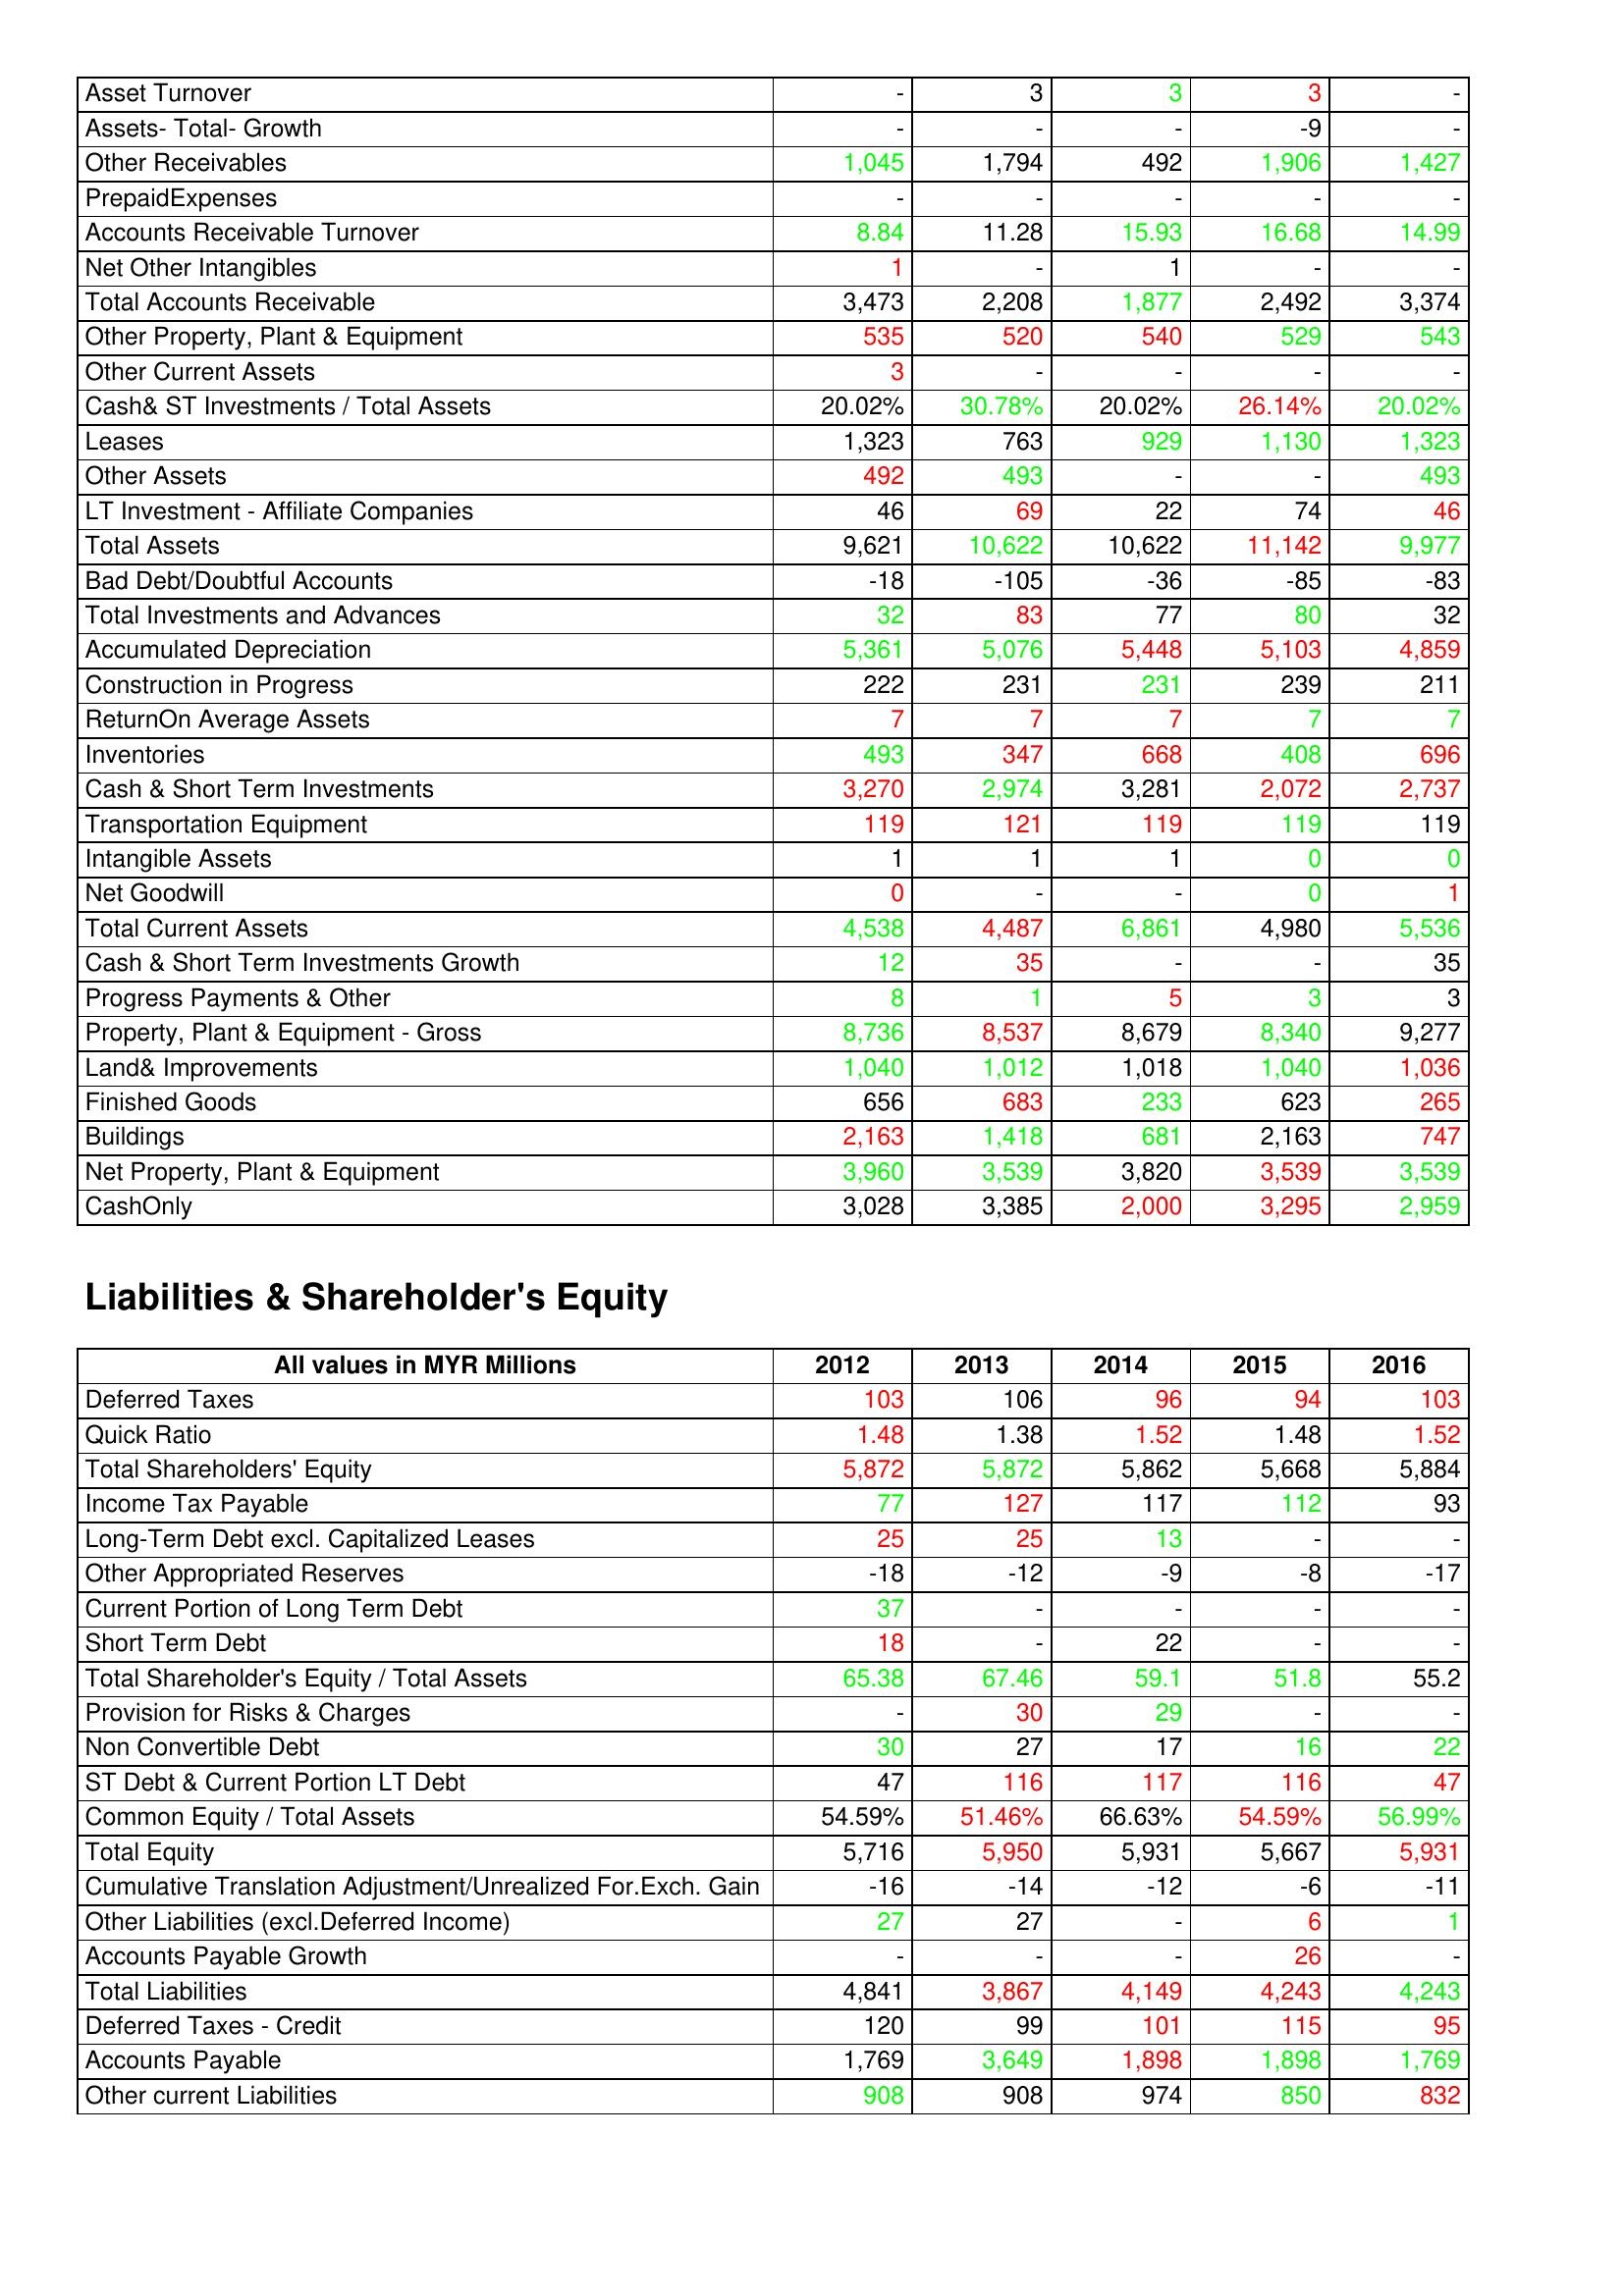
gt_parse: 2012: Assets: Asset Turnover: -
Assets- Total- Growth: -
Other Receivables: 1,045
PrepaidExpenses: -
Accounts Receivable Turnover: 8.84
Net Other Intangibles: 1
Total Accounts Receivable: 3,473
Other Property, Plant & Equipment: 535
Other Current Assets: 3
Cash& ST Investments / Total Assets: 20.02%
Leases: 1,323
Other Assets: 492
LT Investment - Affiliate Companies: 46
Total Assets: 9,621
Bad Debt/Doubtful Accounts: -18
Total Investments and Advances: 32
Accumulated Depreciation: 5,361
Construction in Progress: 222
ReturnOn Average Assets: 7
Inventories: 493
Cash & Short Term Investments: 3,270
Transportation Equipment: 119
Intangible Assets: 1
Net Goodwill: 0
Total Current Assets: 4,538
Cash & Short Term Investments Growth: 12
Progress Payments & Other: 8
Property, Plant & Equipment - Gross : 8,736
Land& Improvements: 1,040
Finished Goods: 656
Buildings: 2,163
Net Property, Plant & Equipment: 3,960
CashOnly: 3,028
Liabilities & Shareholder's Equity: Deferred Taxes: 103
Quick Ratio: 1.48
Total Shareholders' Equity: 5,872
Income Tax Payable: 77
Long-Term Debt excl. Capitalized Leases: 25
Other Appropriated Reserves: -18
Current Portion of Long Term Debt: 37
Short Term Debt: 18
Total Shareholder's Equity / Total Assets: 65.38
Provision for Risks & Charges: -
Non Convertible Debt: 30
ST Debt & Current Portion LT Debt: 47
Common Equity / Total Assets: 54.59%
Total Equity: 5,716
Cumulative Translation Adjustment/Unrealized For.Exch. Gain: -16
Other Liabilities (excl.Deferred Income): 27
Accounts Payable Growth: -
Total Liabilities: 4,841
Deferred Taxes - Credit: 120
Accounts Payable: 1,769
Other current Liabilities: 908
2013: Assets: Asset Turnover: 3
Assets- Total- Growth: -
Other Receivables: 1,794
PrepaidExpenses: -
Accounts Receivable Turnover: 11.28
Net Other Intangibles: -
Total Accounts Receivable: 2,208
Other Property, Plant & Equipment: 520
Other Current Assets: -
Cash& ST Investments / Total Assets: 30.78%
Leases: 763
Other Assets: 493
LT Investment - Affiliate Companies: 69
Total Assets: 10,622
Bad Debt/Doubtful Accounts: -105
Total Investments and Advances: 83
Accumulated Depreciation: 5,076
Construction in Progress: 231
ReturnOn Average Assets: 7
Inventories: 347
Cash & Short Term Investments: 2,974
Transportation Equipment: 121
Intangible Assets: 1
Net Goodwill: -
Total Current Assets: 4,487
Cash & Short Term Investments Growth: 35
Progress Payments & Other: 1
Property, Plant & Equipment - Gross : 8,537
Land& Improvements: 1,012
Finished Goods: 683
Buildings: 1,418
Net Property, Plant & Equipment: 3,539
CashOnly: 3,385
Liabilities & Shareholder's Equity: Deferred Taxes: 106
Quick Ratio: 1.38
Total Shareholders' Equity: 5,872
Income Tax Payable: 127
Long-Term Debt excl. Capitalized Leases: 25
Other Appropriated Reserves: -12
Current Portion of Long Term Debt: -
Short Term Debt: -
Total Shareholder's Equity / Total Assets: 67.46
Provision for Risks & Charges: 30
Non Convertible Debt: 27
ST Debt & Current Portion LT Debt: 116
Common Equity / Total Assets: 51.46%
Total Equity: 5,950
Cumulative Translation Adjustment/Unrealized For.Exch. Gain: -14
Other Liabilities (excl.Deferred Income): 27
Accounts Payable Growth: -
Total Liabilities: 3,867
Deferred Taxes - Credit: 99
Accounts Payable: 3,649
Other current Liabilities: 908
2014: Assets: Asset Turnover: 3
Assets- Total- Growth: -
Other Receivables: 492
PrepaidExpenses: -
Accounts Receivable Turnover: 15.93
Net Other Intangibles: 1
Total Accounts Receivable: 1,877
Other Property, Plant & Equipment: 540
Other Current Assets: -
Cash& ST Investments / Total Assets: 20.02%
Leases: 929
Other Assets: -
LT Investment - Affiliate Companies: 22
Total Assets: 10,622
Bad Debt/Doubtful Accounts: -36
Total Investments and Advances: 77
Accumulated Depreciation: 5,448
Construction in Progress: 231
ReturnOn Average Assets: 7
Inventories: 668
Cash & Short Term Investments: 3,281
Transportation Equipment: 119
Intangible Assets: 1
Net Goodwill: -
Total Current Assets: 6,861
Cash & Short Term Investments Growth: -
Progress Payments & Other: 5
Property, Plant & Equipment - Gross : 8,679
Land& Improvements: 1,018
Finished Goods: 233
Buildings: 681
Net Property, Plant & Equipment: 3,820
CashOnly: 2,000
Liabilities & Shareholder's Equity: Deferred Taxes: 96
Quick Ratio: 1.52
Total Shareholders' Equity: 5,862
Income Tax Payable: 117
Long-Term Debt excl. Capitalized Leases: 13
Other Appropriated Reserves: -9
Current Portion of Long Term Debt: -
Short Term Debt: 22
Total Shareholder's Equity / Total Assets: 59.1
Provision for Risks & Charges: 29
Non Convertible Debt: 17
ST Debt & Current Portion LT Debt: 117
Common Equity / Total Assets: 66.63%
Total Equity: 5,931
Cumulative Translation Adjustment/Unrealized For.Exch. Gain: -12
Other Liabilities (excl.Deferred Income): -
Accounts Payable Growth: -
Total Liabilities: 4,149
Deferred Taxes - Credit: 101
Accounts Payable: 1,898
Other current Liabilities: 974
2015: Assets: Asset Turnover: 3
Assets- Total- Growth: -9
Other Receivables: 1,906
PrepaidExpenses: -
Accounts Receivable Turnover: 16.68
Net Other Intangibles: -
Total Accounts Receivable: 2,492
Other Property, Plant & Equipment: 529
Other Current Assets: -
Cash& ST Investments / Total Assets: 26.14%
Leases: 1,130
Other Assets: -
LT Investment - Affiliate Companies: 74
Total Assets: 11,142
Bad Debt/Doubtful Accounts: -85
Total Investments and Advances: 80
Accumulated Depreciation: 5,103
Construction in Progress: 239
ReturnOn Average Assets: 7
Inventories: 408
Cash & Short Term Investments: 2,072
Transportation Equipment: 119
Intangible Assets: 0
Net Goodwill: 0
Total Current Assets: 4,980
Cash & Short Term Investments Growth: -
Progress Payments & Other: 3
Property, Plant & Equipment - Gross : 8,340
Land& Improvements: 1,040
Finished Goods: 623
Buildings: 2,163
Net Property, Plant & Equipment: 3,539
CashOnly: 3,295
Liabilities & Shareholder's Equity: Deferred Taxes: 94
Quick Ratio: 1.48
Total Shareholders' Equity: 5,668
Income Tax Payable: 112
Long-Term Debt excl. Capitalized Leases: -
Other Appropriated Reserves: -8
Current Portion of Long Term Debt: -
Short Term Debt: -
Total Shareholder's Equity / Total Assets: 51.8
Provision for Risks & Charges: -
Non Convertible Debt: 16
ST Debt & Current Portion LT Debt: 116
Common Equity / Total Assets: 54.59%
Total Equity: 5,667
Cumulative Translation Adjustment/Unrealized For.Exch. Gain: -6
Other Liabilities (excl.Deferred Income): 6
Accounts Payable Growth: 26
Total Liabilities: 4,243
Deferred Taxes - Credit: 115
Accounts Payable: 1,898
Other current Liabilities: 850
2016: Assets: Asset Turnover: -
Assets- Total- Growth: -
Other Receivables: 1,427
PrepaidExpenses: -
Accounts Receivable Turnover: 14.99
Net Other Intangibles: -
Total Accounts Receivable: 3,374
Other Property, Plant & Equipment: 543
Other Current Assets: -
Cash& ST Investments / Total Assets: 20.02%
Leases: 1,323
Other Assets: 493
LT Investment - Affiliate Companies: 46
Total Assets: 9,977
Bad Debt/Doubtful Accounts: -83
Total Investments and Advances: 32
Accumulated Depreciation: 4,859
Construction in Progress: 211
ReturnOn Average Assets: 7
Inventories: 696
Cash & Short Term Investments: 2,737
Transportation Equipment: 119
Intangible Assets: 0
Net Goodwill: 1
Total Current Assets: 5,536
Cash & Short Term Investments Growth: 35
Progress Payments & Other: 3
Property, Plant & Equipment - Gross : 9,277
Land& Improvements: 1,036
Finished Goods: 265
Buildings: 747
Net Property, Plant & Equipment: 3,539
CashOnly: 2,959
Liabilities & Shareholder's Equity: Deferred Taxes: 103
Quick Ratio: 1.52
Total Shareholders' Equity: 5,884
Income Tax Payable: 93
Long-Term Debt excl. Capitalized Leases: -
Other Appropriated Reserves: -17
Current Portion of Long Term Debt: -
Short Term Debt: -
Total Shareholder's Equity / Total Assets: 55.2
Provision for Risks & Charges: -
Non Convertible Debt: 22
ST Debt & Current Portion LT Debt: 47
Common Equity / Total Assets: 56.99%
Total Equity: 5,931
Cumulative Translation Adjustment/Unrealized For.Exch. Gain: -11
Other Liabilities (excl.Deferred Income): 1
Accounts Payable Growth: -
Total Liabilities: 4,243
Deferred Taxes - Credit: 95
Accounts Payable: 1,769
Other current Liabilities: 832